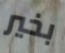
بخير